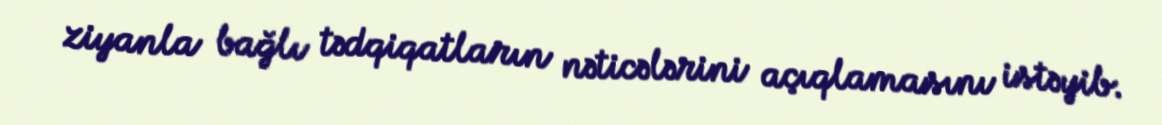
ziyanla bağlı tədqiqatların nəticələrini açıqlamasını istəyib.